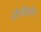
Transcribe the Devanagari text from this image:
ढोलीवरील